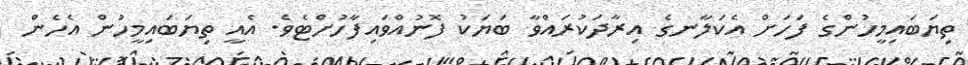
ތިޔަބައިމީހުންގެ ފަހަށް އެކަލާނގެ އިރާދަކުރައްވާ ބަޔަކު ފޮނުއްވައިފާހުށްޓެވެ. އެއީ ތިޔަބައިމީހުން އެހެން